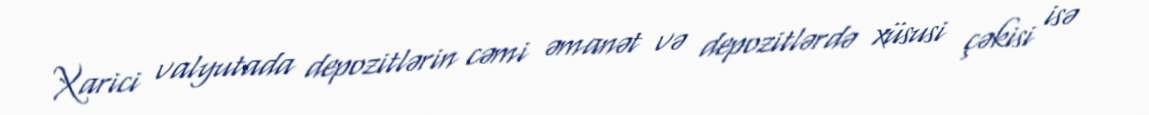
Xarici valyutada depozitlərin cəmi əmanət və depozitlərdə xüsusi çəkisi isə